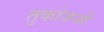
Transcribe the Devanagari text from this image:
तुकोजजी